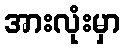
အားလုံးမှာ